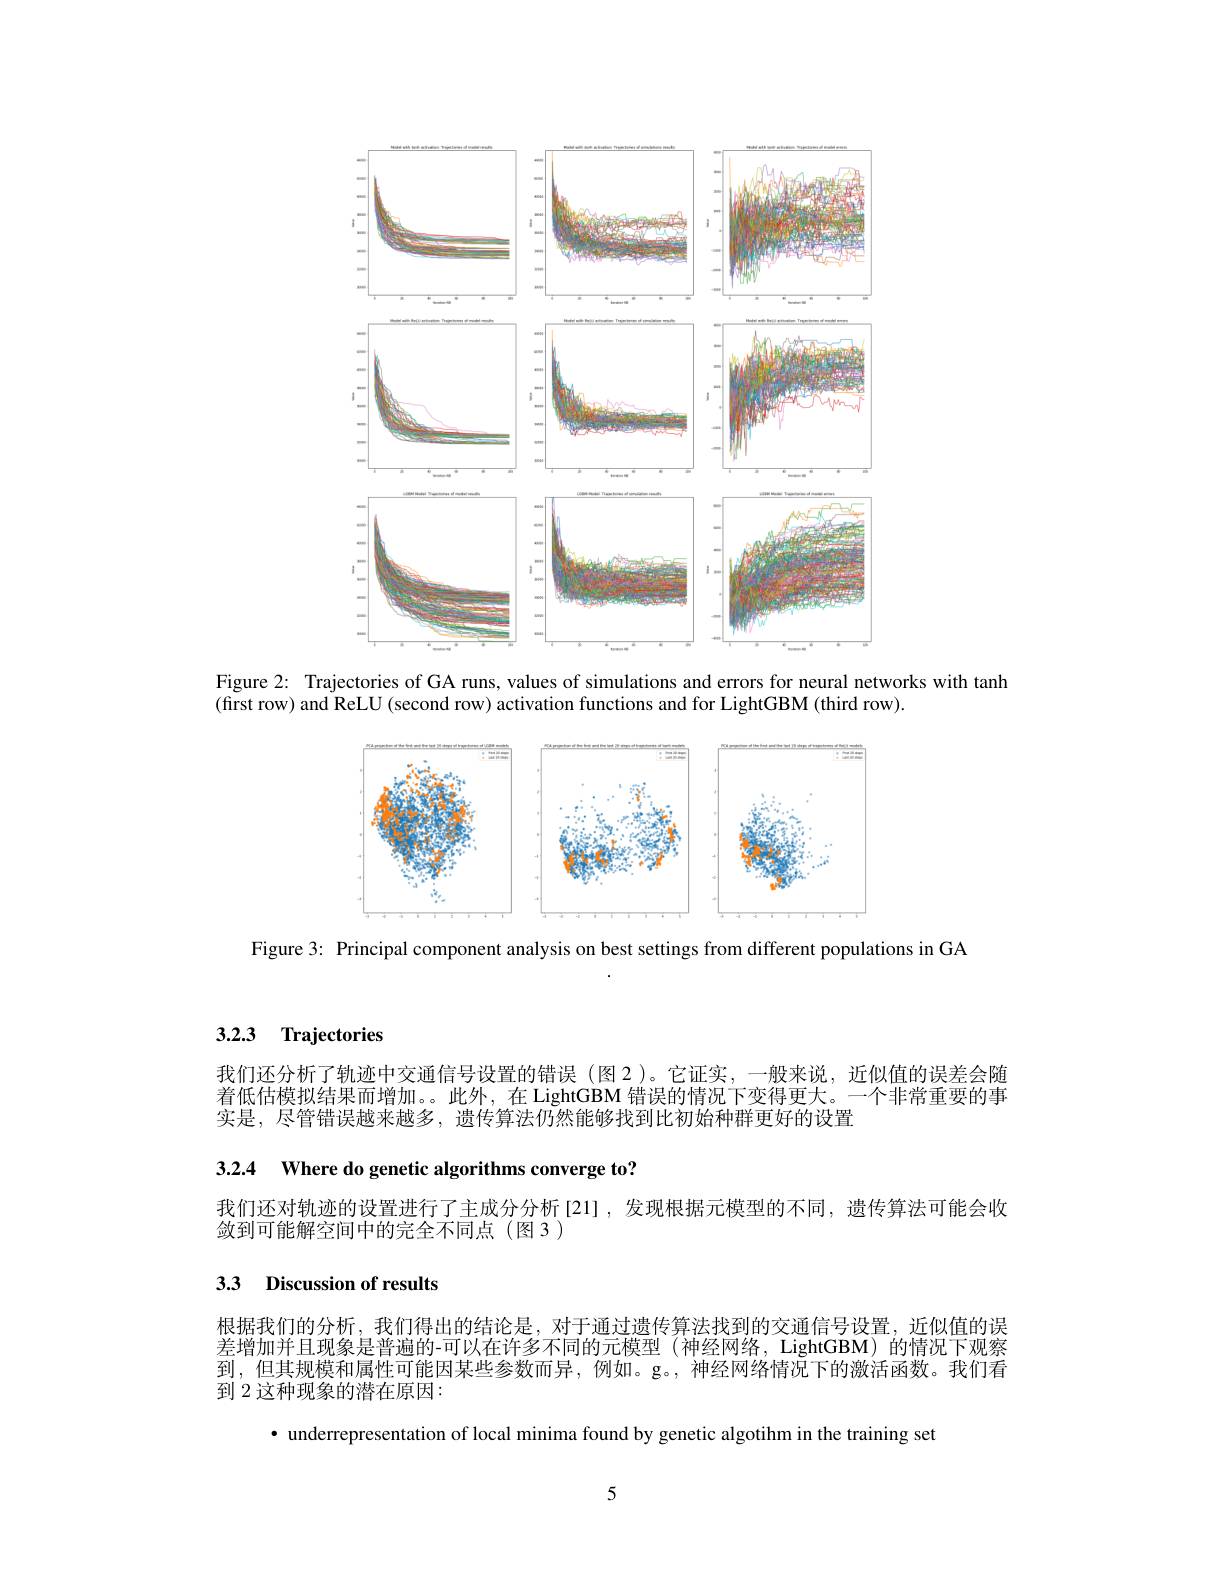
<FigureHere>

Figure 2: Trajectories of GA runs, values of simulations and errors for neural networks with tanh
(first row) and ReLU(second row) activation functions and for LightGBM (third row).

<FigureHere>

Figure 3: Principal component analysis on best settings from different populations in GA

## 3.2.3 Trajectories

我们还分析了轨迹中交通信号设置的错误(图2)。它证实，一般来说，近似值的误差会随着低估模拟结果而增加。。此外，在 LightGBM 错误的情况下变得更大。一个非常重要的事实是，尽管错误越来越多，遗传算法仍然能够找到比初始种群更好的设置

3.2.4 Where do genetic algorithms converge to?

我们还对轨迹的设置进行了主成分分析[21],发现根据元模型的不同，遗传算法可能会收
敛到可能解空间中的完全不同点(图3)

## 3.3 Discussion of results

根据我们的分析，我们得出的结论是，对于通过遗传算法找到的交通信号设置，近似值的误差增加并且现象是普遍的-可以在许多不同的元模型 (神经网络，LightGBM) 的情况下观察到，但其规模和属性可能因某些参数而异，例如。g。,神经网络情况下的激活函数。我们看到 2 这种现象的潜在原因：

· underrepresentation of local minima found by genetic algotihm in the training set

5